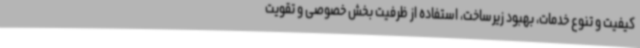
کیفیت و تنوع خدمات، بهبود زیرساخت، استفاده از ظرفیت بخش خصوصی و تقویت